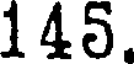
145.